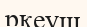
ркеуш